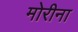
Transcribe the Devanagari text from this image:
मोरीना